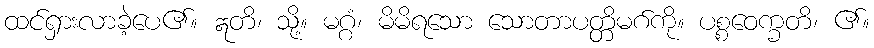
ထင်ရှားလာခဲ့ပေ၏။ ဣတိ၊ သို့။ မဂ္ဂံ၊ မိမိရသော သောတာပတ္တိမဂ်ကို။ ပစ္စဝေက္ခတိ၊ ၏။